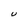
Character: U